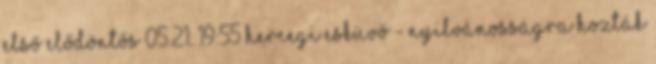
első elődöntős 05.21. 19:55 Hercegi esküvő - Nyilvánosságra hozták